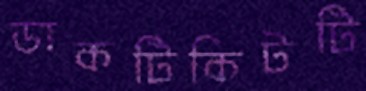
ডাকটিকিটটি